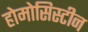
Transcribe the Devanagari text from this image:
होमोसिस्टीन